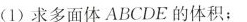
(1)求多面体ABCDE的体积；